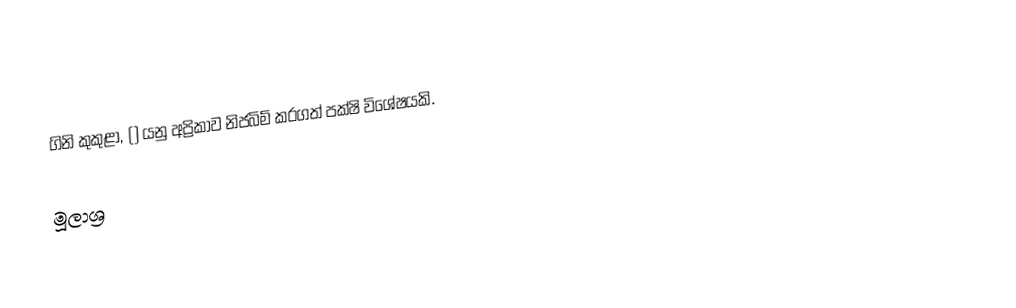
ගිනි කුකුළා, () යනු අප්‍රිකාව නිජබිම් කරගත් පක්‌ෂි විශේෂයකි.

මූලාශ්‍ර